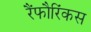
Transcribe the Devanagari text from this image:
रैंफौरिंकस